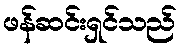
ဖန်ဆင်းရှင်သည်